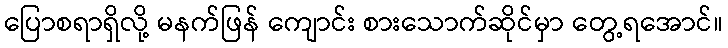
ပြောစရာရှိလို့ မနက်ဖြန် ကျောင်း စားသောက်ဆိုင်မှာ တွေ့ရအောင်။